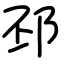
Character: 邳